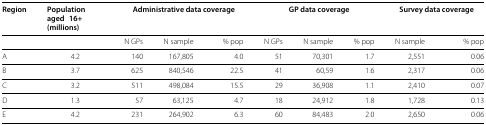
<table><thead><tr><td><b>Region</b></td><td><b>Population aged 16+ (millions)</b></td><td colspan="3"><b>Administrative data coverage</b></td><td colspan="3"><b>GP data coverage</b></td><td colspan="2"><b>Survey data coverage</b></td></tr></thead><tbody><tr><td> </td><td> </td><td>N GPs</td><td>N sample</td><td>% pop</td><td>N GPs</td><td>N sample</td><td>% pop</td><td>N sample</td><td>% pop</td></tr><tr><td>A</td><td>4.2</td><td>140</td><td>167,805</td><td>4.0</td><td>51</td><td>70,301</td><td>1.7</td><td>2,551</td><td>0.06</td></tr><tr><td>B</td><td>3.7</td><td>625</td><td>840,546</td><td>22.5</td><td>41</td><td>60,59</td><td>1.6</td><td>2,317</td><td>0.06</td></tr><tr><td>C</td><td>3.2</td><td>511</td><td>498,084</td><td>15.5</td><td>29</td><td>36,908</td><td>1.1</td><td>2,410</td><td>0.07</td></tr><tr><td>D</td><td>1.3</td><td>57</td><td>63,125</td><td>4.7</td><td>18</td><td>24,912</td><td>1.8</td><td>1,728</td><td>0.13</td></tr><tr><td>E</td><td>4.2</td><td>231</td><td>264,902</td><td>6.3</td><td>60</td><td>84,483</td><td>2.0</td><td>2,650</td><td>0.06</td></tr></tbody></table>